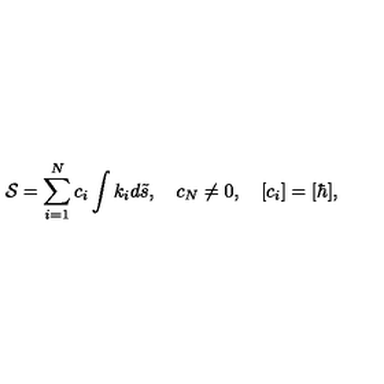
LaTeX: { \cal S } = \sum _ { i = 1 } ^ { N } c _ { i } \int { k } _ { i } d { \tilde { s } } , \quad c _ { N } \neq 0 , \quad [ c _ { i } ] = [ \hbar ] ,